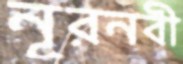
নূরনবী